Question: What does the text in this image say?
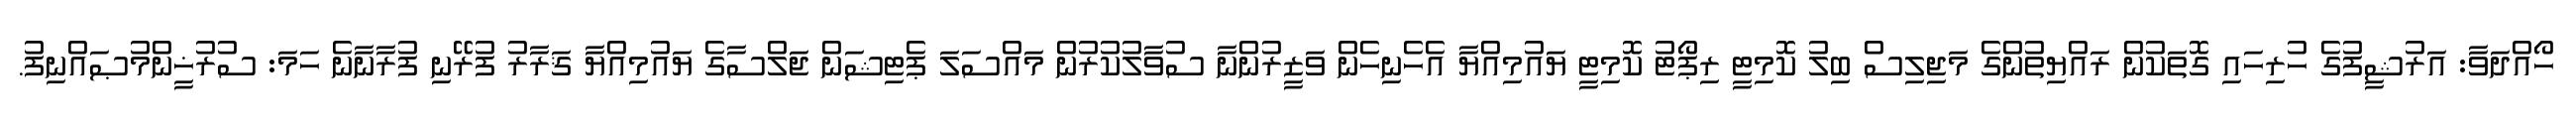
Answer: ހޯއްދަވާ: އަރުޝީފުގެ ހުރިހައި ގޮތަކުން ރައްޔިތުންގެ މަޖިލިސް ބިލު ކޮމިޓީ ރިޕޯޓު ކޮމިޓީ ޔައުމިއްޔާ އެހެނިހެން ވަޒީރުންނާ ސުވާލުކުރުން މައްސަލަ ޕެޓިޝަން ޖަލްސާގެ ޔައުމިއްޔާ ޤަރާރު ފުރޭނި ފުރާނާނެ ހަމަ: ސުރުޚީންމުޞައްނިފު.